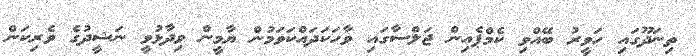
ތިނަދޫގައި ހަވީރު ބޭއްވި ކެމްޕެއިން ޖަލްސާގައި ވާހަކަދައްކަވަމުން ޔާމީން ވިދާޅުވީ ނަޝީދުގެ ވެރިކަން